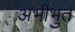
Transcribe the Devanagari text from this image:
अभीभुत